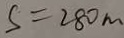
S = 2 8 0 m